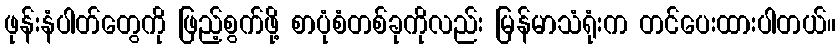
ဖုန်းနံပါတ်တွေကို ဖြည့်စွက်ဖို့ စာပုံစံတစ်ခုကိုလည်း မြန်မာသံရုံးက တင်ပေးထားပါတယ်။